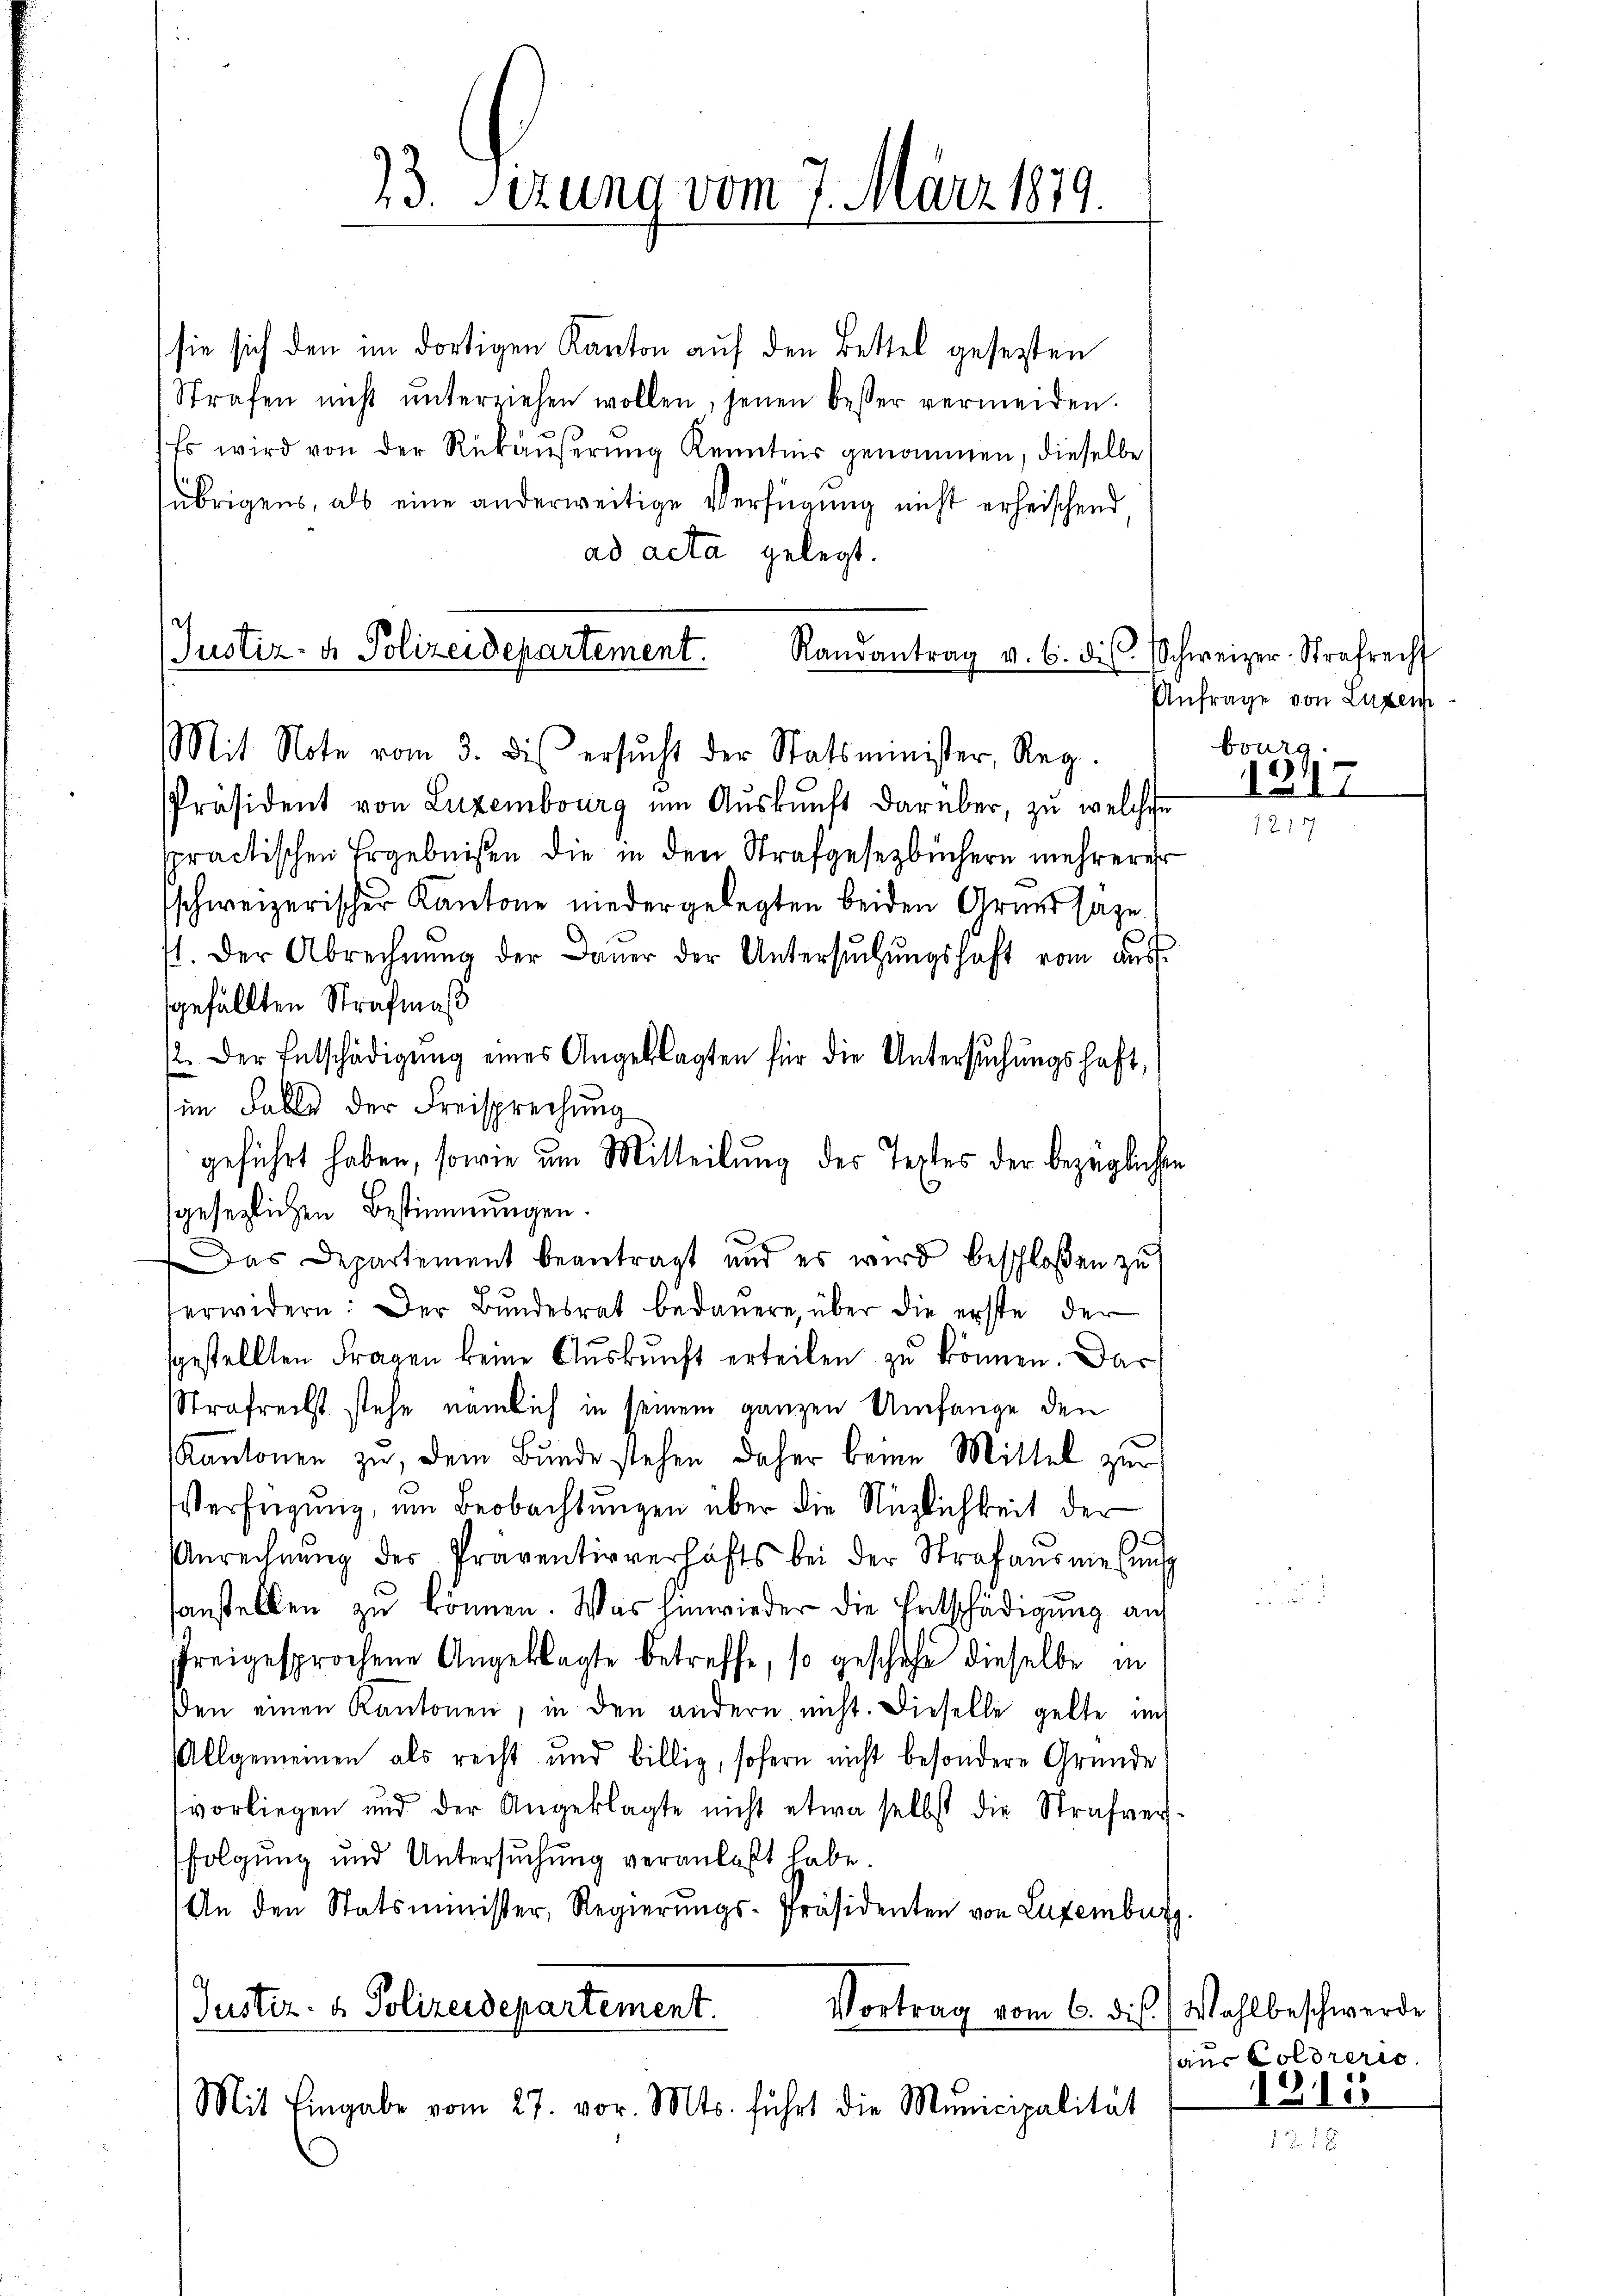
sie sich den im dortigen Kanton auf den Bettel gesetzten
Strafen nicht ŭnterziehen wollen, jenen besser vermeiden.
Es wird von der Rükäŭβerŭng Kenntnis genommen, dieselbe
übrigens, als eine anderweitige Verfügung nicht erheischend
ad acta gelegt.

Justiz- & Polizeidepartement.
Randantrag v. 6. ds. Schweizer-Strafrecht
Mit Note vom 3. dis ersŭcht der Statsminister, Reg.

73. Serung vom 7. März 1879.

PPräsident von Luzembourg um Aŭskŭnft darüber, zu welche
spractischen Ergebnißen die in den Strafgesetzbüchern mehrerer
schweizerischer Kantone niedergelegten beiden Grund sage
st. Der Abrechnŭng der Dauer der Untersŭchŭngshaft vom aŭs-
gefällten Strafmaß
12. Der Entschädigŭng eines Angeklagten für die Untersŭchŭngshaft,
im Falle der Freisprechung
geführt haben, sowie am Mitteilung des Textes der bezüglichste
gesetzlichen Bestimmungen.
Das Departement beantragt und es wird beschloßen zŭ
erwidern: Der Bŭndesrat bedauern, über die erste der
sgestellten Fragen keine Aŭskŭnft erteilen zu können. Das
Strafrechst stehe, nämlich in seinem ganzen Umfange den
Kantonen zu, dem Bunde stehen daher keine Mittel zur
Verfügung, um Beobachtungen über die Nüzlichkeit der
Anrechnŭng des Praventivverhafts bei der Strafausmesŭng
sanstellen zu können. Was hinwieder die Entschädigung auf
freigesprochene Angeklagte betreffe, so geschähe dieselbe in
den einen Kantonen, in den andern nicht. Dieselbe gelte im
Allgemeinen als recht und billig, sofern nicht besondere Gründe
vorliegen und der Angeklagte nicht etwa selbst die Strafvers-
folgung und Untersuchung veranlaßt habe.
An den Statsminister, Regierŭngs-Präsidenten von Luxenburg.
Justiz- & Polizeidepartement.
Vortrag vom 6. ds. ( Wahlbeschwerde
Mit Eingabe vom 27. vor. Mts. führt die Municipalität

Anfrage von Luzer
burg

1347

aus Coldreris
1912